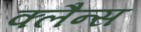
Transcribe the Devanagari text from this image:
क्लैन्स